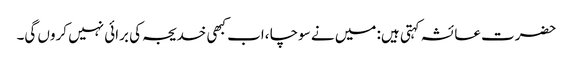
حضرت عائشہ کہتی ہیں: میں نے سوچا ،اب کبھی خدیجہ کی برائی نہیں کروں گی۔